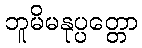
ဘူမိမနုပ္ပတ္တော